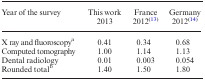
<table><thead><tr><td><b>Year of the survey</b></td><td><b>This work 2013</b></td><td><b>France 2012<sup>(13)</sup></b></td><td><b>Germany 2012<sup>(14)</sup></b></td></tr></thead><tbody><tr><td>X ray and fluoroscopy<sup>a</sup></td><td>0.41</td><td>0.34</td><td>0.68</td></tr><tr><td>Computed tomography</td><td>1.00</td><td>1.14</td><td>1.13</td></tr><tr><td>Dental radiology</td><td>0.01</td><td>0.003</td><td>0.054</td></tr><tr><td>Rounded total<sup>b</sup></td><td>1.40</td><td>1.50</td><td>1.80</td></tr></tbody></table>